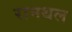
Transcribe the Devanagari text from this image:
रानथल